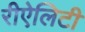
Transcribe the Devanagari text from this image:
रीऐलिटी